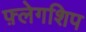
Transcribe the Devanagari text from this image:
फ़्लेगशिप